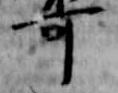
可